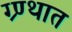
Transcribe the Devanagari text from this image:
ग्र्ण्थात